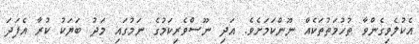
އެކުލެވިގެންވާ ތުހުމަތުތަކެއް ނޫންކަމަށެވެ. އަދި ނޫސްވެރިކަމުގެ ނަމުގައި މަދު ބަޔަކު ކުރާ އެފަދަ